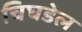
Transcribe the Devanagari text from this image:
चिघडेल